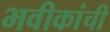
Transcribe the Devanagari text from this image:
भवीकांची